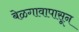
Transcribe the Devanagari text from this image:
बेळगावापासून